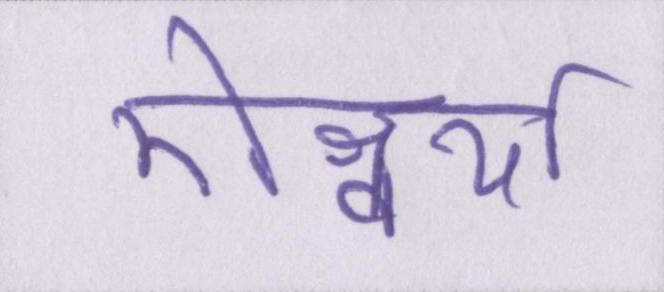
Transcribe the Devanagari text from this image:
ऐश्वर्या